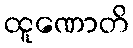
ထူဏောတိ